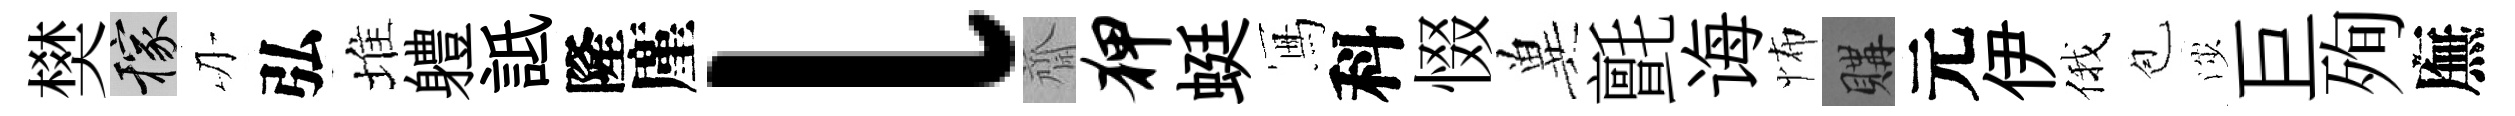
樊稼刃弘堆軆詆隆廑l齋狎蜓冩科惙兾氈诲怖購元伊俄苞渉巨殉廡